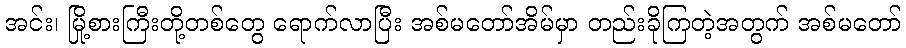
အင်း၊ မြို့စားကြီးတို့တစ်တွေ ရောက်လာပြီး အစ်မတော်အိမ်မှာ တည်းခိုကြတဲ့အတွက် အစ်မတော်